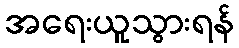
အရေးယူသွားရန်